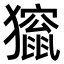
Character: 𤢱